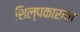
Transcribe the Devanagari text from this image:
शिल्पकाराचा